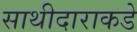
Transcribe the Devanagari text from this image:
साथीदाराकडे